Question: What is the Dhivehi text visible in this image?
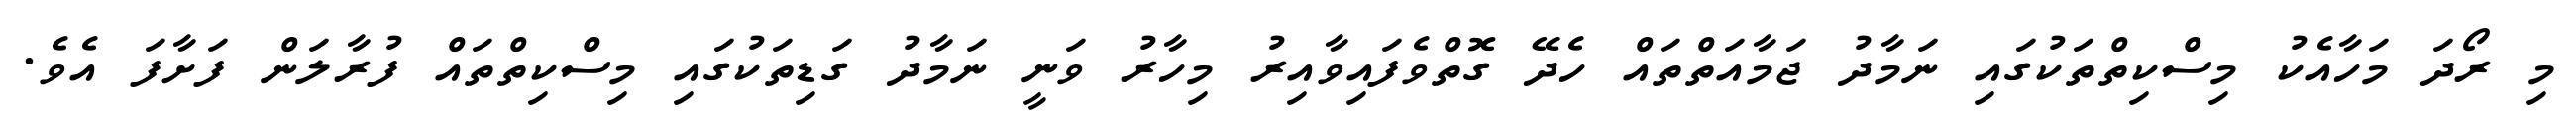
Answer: މި ރޯދަ މަހާއެކު މިސްކިތްތަކުގައި ނަމާދު ޖަމާއަތްތައް ހެދޭ ގޮތްވެފައިވާއިރު މިހާރު ވަނީ ނަމާދު ގަޑިތަކުގައި މިސްކިތްތައް ފުރާލަން ފަށާފަ އެވެ.